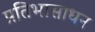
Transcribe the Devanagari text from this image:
प्रतिभासाधन